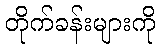
တိုက်ခန်းများကို